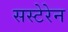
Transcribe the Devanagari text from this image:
सस्टेरेन